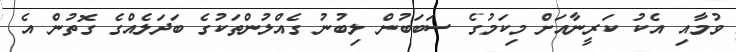
ވުމާއި އެކު ކަރީނާއަށް މިކަމުގެ ސަބަބުން ލިބުނު ގެއްލުންތަކުގެ ބަދަލެއްގެ ގޮތުން އެ